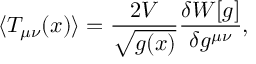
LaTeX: \langle T _ { \mu \nu } ( x ) \rangle = \frac { 2 V } { \sqrt { g ( x ) } } \frac { \delta W [ g ] } { \delta g ^ { \mu \nu } } ,